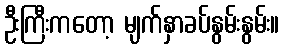
ဦးကြီးကတော့ မျက်နှာခပ်နွမ်းနွမ်း။